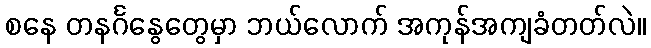
စနေ တနင်္ဂနွေတွေမှာ ဘယ်လောက် အကုန်အကျခံတတ်လဲ။